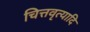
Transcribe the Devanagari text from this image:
चित्तवृत्यादि